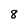
Character: 8